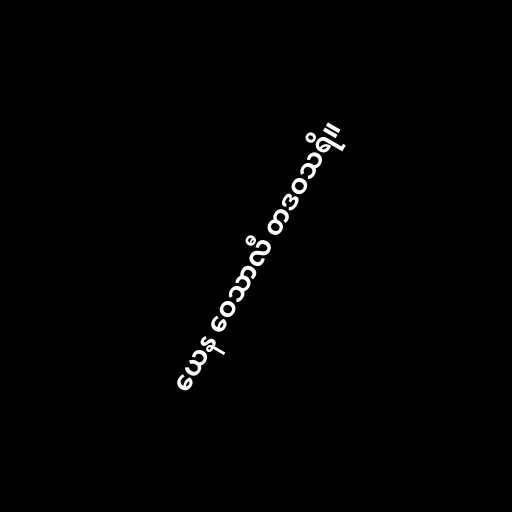
ယေန ဝေသာလီ တဒဝသရိ။